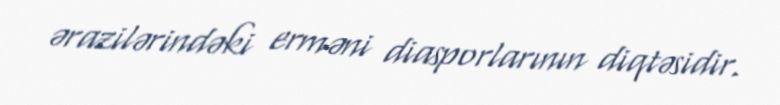
ərazilərindəki erməni diasporlarının diqtəsidir.